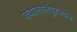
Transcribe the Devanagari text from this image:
क्वालालंपुरजवळ